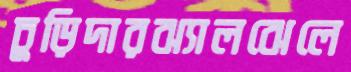
চুড়িদারঝ্যালঝেলে